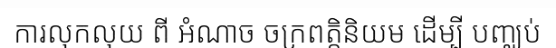
ការលុកលុយ ពី អំណាច ចក្រពត្តិនិយម ដើម្បី បញ្ឈប់